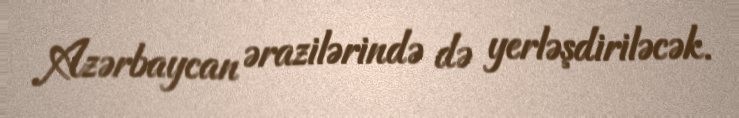
Azərbaycan ərazilərində də yerləşdiriləcək.